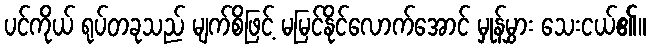
ပင်ကိုယ် ရုပ်တခုသည် မျက်စိဖြင့် မမြင်နိုင်လောက်အောင် မှုန်မွှား သေးငယ်၏။